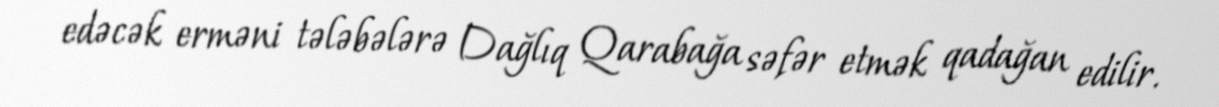
edəcək erməni tələbələrə Dağlıq Qarabağa səfər etmək qadağan edilir.